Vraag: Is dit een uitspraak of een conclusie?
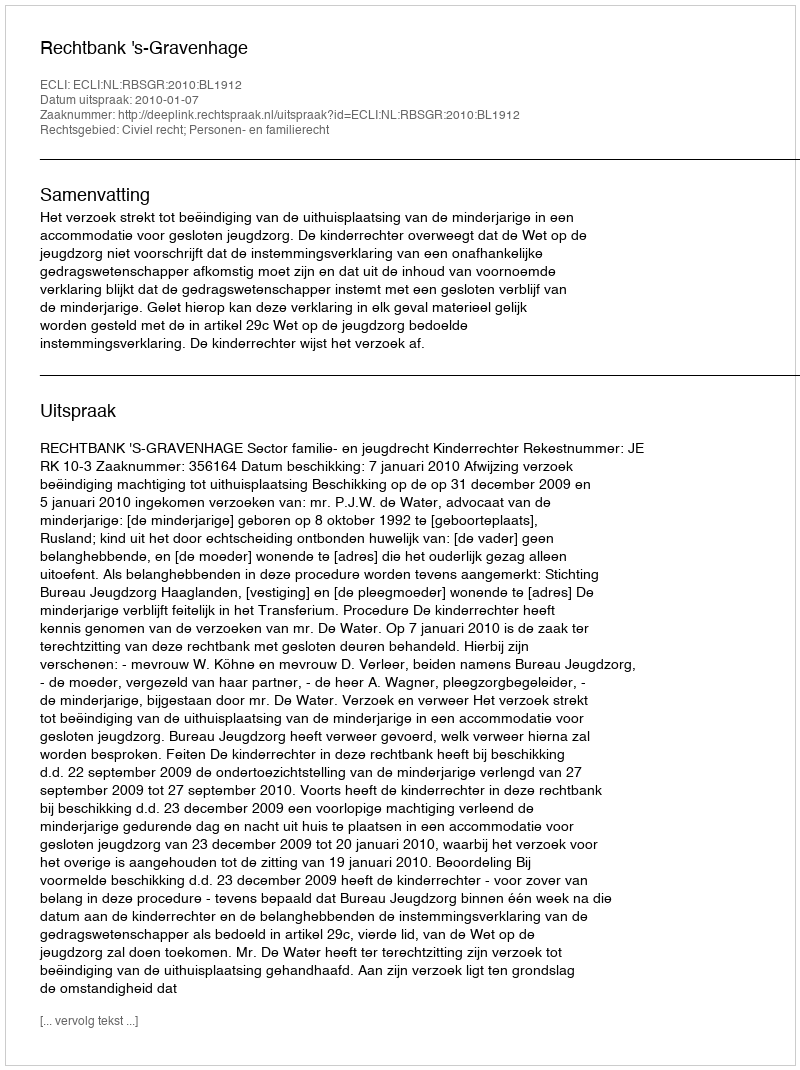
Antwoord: Uitspraak